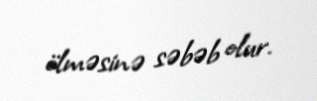
ölməsinə səbəb olur.